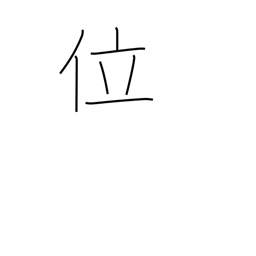
Meaning: some